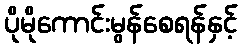
ပိုမိုကောင်းမွန်စေရန်နှင့်